Vaccine operations Central Provinces & Berar 1912-1920 - 1912-1920
Year: 1912
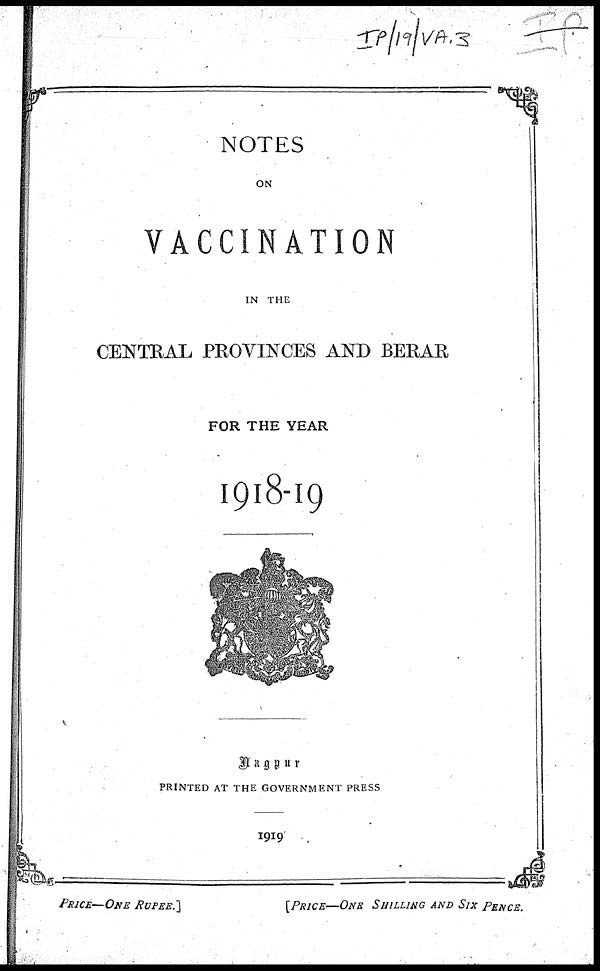
NOTES
ON
VACCINATION
IN THE
CENTRAL PROVINCES AND BERAR
FOR THE YEAR
1918-19
Nagpur
PRINTED AT THE GOVERNMENT PRESS
1919
PRICE—ONE RUPEE.]
[PRICE—ONE SHILLING AND SIX PENCE.